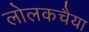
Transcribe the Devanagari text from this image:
लोलकचैया